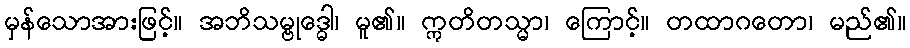
မှန်သောအားဖြင့်။ အဘိသမ္ဗုဒ္ဓေါ၊ မူ၏။ ဣတိတသ္မာ၊ ကြောင့်။ တထာဂတော၊ မည်၏။